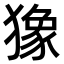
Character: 𤡸